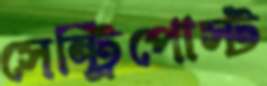
সেন্ট্রিপোস্ট